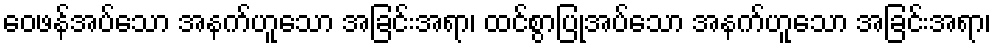
ဝေဖန်အပ်သော အနက်ဟူသော အခြင်းအရာ၊ ထင်စွာပြုအပ်သော အနက်ဟူသော အခြင်းအရာ၊